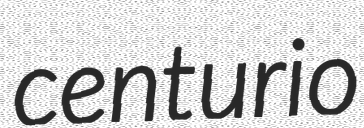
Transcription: centurio